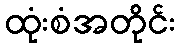
ထုံးစံအတိုင်း